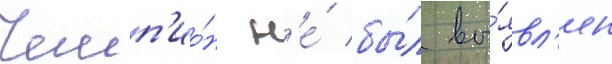
Чемп'ио́н н'е́ бы́л вы́явл'ен